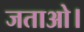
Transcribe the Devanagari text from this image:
जताओ।